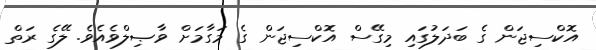
އޮކްސިޖަން ގެ ބަދަލުގައި މިގޭސް އޮކްސިޖަން ގެ މަގާމަށް ވާޞިލްވެއެވެ. ލޭގެ ރަތް